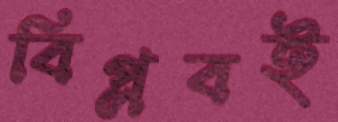
বিপ্লবই